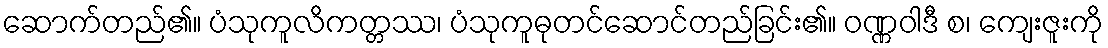
ဆောက်တည်၏။ ပံသုကူလိကတ္တဿ၊ ပံသုကူဓုတင်ဆောင်တည်ခြင်း၏။ ဝဏ္ဏဝါဒီ စ၊ ကျေးဇူးကို